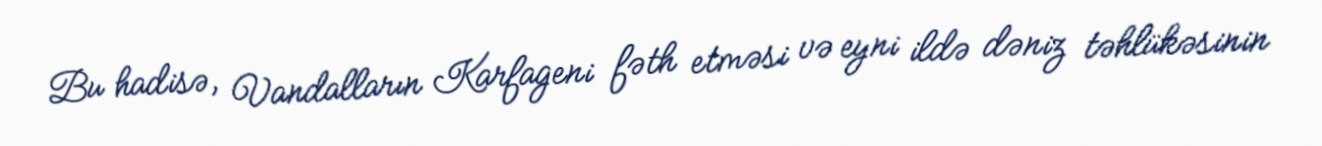
Bu hadisə, Vandalların Karfageni fəth etməsi və eyni ildə dəniz təhlükəsinin